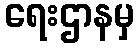
ရေးဌာနမှ